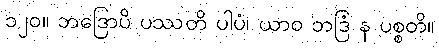
၁၂၀။ ဘဒြောပိ ပဿတိ ပါပံ၊ ယာဝ ဘဒြံ န ပစ္စတိ။